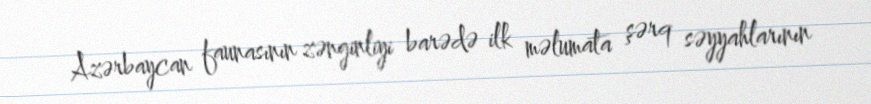
Azərbaycan faunasının zənginliyi barədə ilk məlumata şərq səyyahlarının